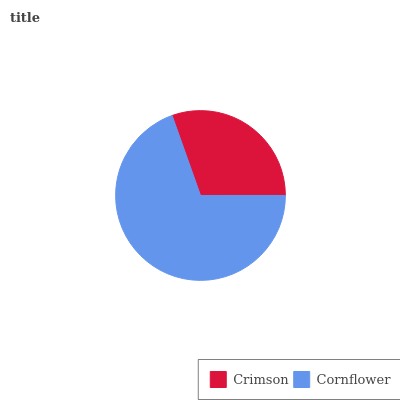
| Crimson | Cornflower |
 | --- | --- |
 | 30.4% | 69.6% |